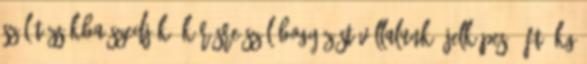
szőlőt zsákba szedjük, kérésre szőlőbogyózást vállalunk, jelképes 5 Ft kg